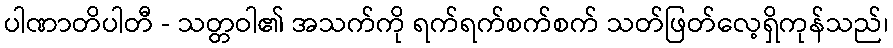
ပါဏာတိပါတီ - သတ္တဝါ၏ အသက်ကို ရက်ရက်စက်စက် သတ်ဖြတ်လေ့ရှိကုန်သည်၊